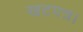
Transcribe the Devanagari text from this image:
खटपत्र।